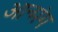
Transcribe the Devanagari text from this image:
आन्मंग